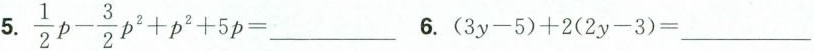
5.$$\frac{1}{2}p- \frac{3}{2}p^{2}+p^{2}+5p=___$$ 6.$$(3y一5)+2(2y-3)=___$$